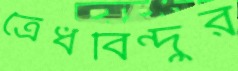
ত্রৈধবিন্দুর